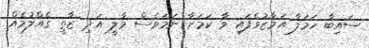
ސައިބާ ހަމަލާ އަމާޒުވެފައި ވާ ކަމަށާ ނަމަވެސް މާލީ އަދި ޒާތީ ގެއްލުމެއް